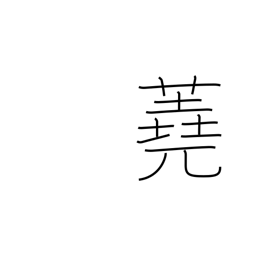
Meaning: firewood